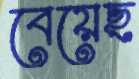
বেয়েছ